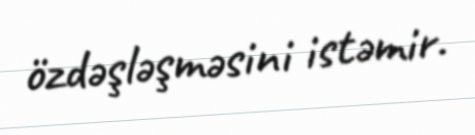
özdəşləşməsini istəmir.